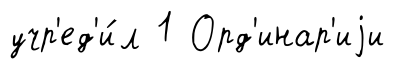
учр'ед'и́л 1 Орд'инар'иjи